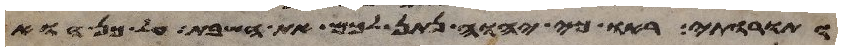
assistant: ותורותי ראו כי יהוה נתן לכם את השבת על כן הוא